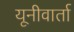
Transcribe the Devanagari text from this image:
यूनीवार्ता